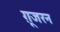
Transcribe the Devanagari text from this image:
ग़ूजरन